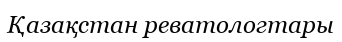
Қазақстан реватологтары